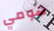
هومي